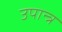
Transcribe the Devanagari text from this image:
उपान्त्र